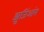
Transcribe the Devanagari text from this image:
झुजिंआंग